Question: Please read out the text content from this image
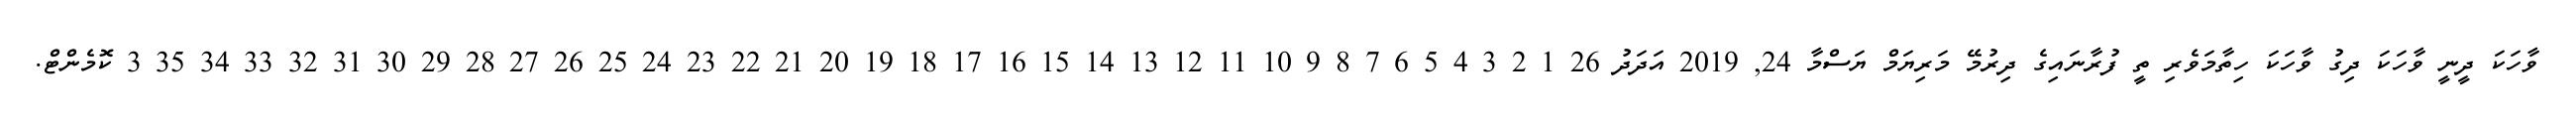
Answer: ވާހަކަ ދީނީ ވާހަކަ ދިގު ވާހަކަ ހިތާމަވެރި ތީ ފުރާނައިގެ ދިރުމޭ މަރިޔަމް ޔަސްމާ 24, 2019 އަދަދު 26 1 2 3 4 5 6 7 8 9 10 11 12 13 14 15 16 17 18 19 20 21 22 23 24 25 26 27 28 29 30 31 32 33 34 35 3 ކޮމެންޓް.